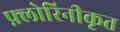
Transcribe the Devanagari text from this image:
फ़्लोरिनीकृत